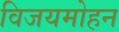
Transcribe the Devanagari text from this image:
विजयमोहन